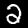
Digit: 2